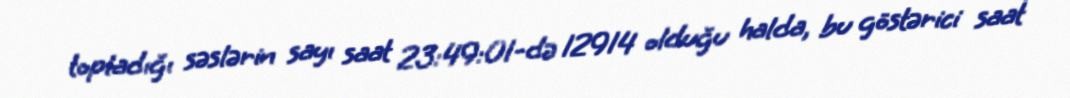
topladığı səslərin sayı saat 23:49:01-də 12914 olduğu halda, bu göstərici saat